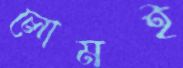
লোমই